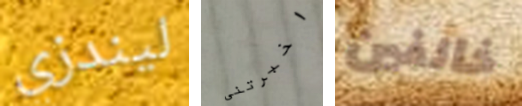
ليندزي اخبرتنى خائفين